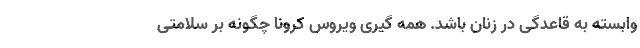
وابسته به قاعدگی در زنان باشد. همه گیری ویروس کرونا چگونه بر سلامتی